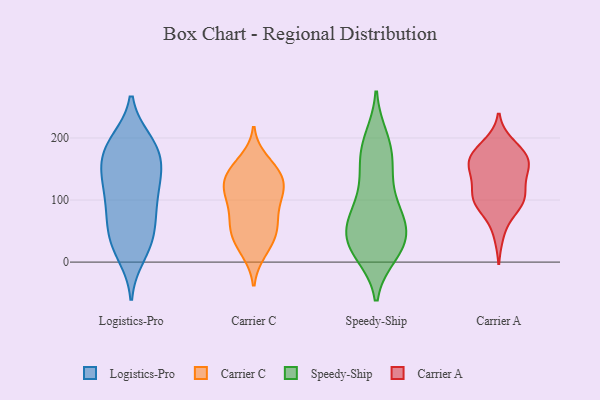
{"axis": {"x": "Market Share (%)", "y": "Value"}, "legend": ["Carrier A", "Carrier C", "Logistics-Pro", "Speedy-Ship"], "data": [{"x": "", "y": 26, "type": "Logistics-Pro"}, {"x": "", "y": 89, "type": "Logistics-Pro"}, {"x": "", "y": 49, "type": "Logistics-Pro"}, {"x": "", "y": 195, "type": "Logistics-Pro"}, {"x": "", "y": 69, "type": "Logistics-Pro"}, {"x": "", "y": 81, "type": "Logistics-Pro"}, {"x": "", "y": 42, "type": "Logistics-Pro"}, {"x": "", "y": 131, "type": "Logistics-Pro"}, {"x": "", "y": 130, "type": "Logistics-Pro"}, {"x": "", "y": 195, "type": "Logistics-Pro"}, {"x": "", "y": 183, "type": "Logistics-Pro"}, {"x": "", "y": 96, "type": "Logistics-Pro"}, {"x": "", "y": 120, "type": "Logistics-Pro"}, {"x": "", "y": 25, "type": "Logistics-Pro"}, {"x": "", "y": 11, "type": "Logistics-Pro"}, {"x": "", "y": 151, "type": "Logistics-Pro"}, {"x": "", "y": 189, "type": "Logistics-Pro"}, {"x": "", "y": 160, "type": "Logistics-Pro"}, {"x": "", "y": 146, "type": "Logistics-Pro"}, {"x": "", "y": 175, "type": "Logistics-Pro"}, {"x": "", "y": 60, "type": "Carrier C"}, {"x": "", "y": 91, "type": "Carrier C"}, {"x": "", "y": 98, "type": "Carrier C"}, {"x": "", "y": 69, "type": "Carrier C"}, {"x": "", "y": 125, "type": "Carrier C"}, {"x": "", "y": 110, "type": "Carrier C"}, {"x": "", "y": 66, "type": "Carrier C"}, {"x": "", "y": 149, "type": "Carrier C"}, {"x": "", "y": 113, "type": "Carrier C"}, {"x": "", "y": 127, "type": "Carrier C"}, {"x": "", "y": 137, "type": "Carrier C"}, {"x": "", "y": 164, "type": "Carrier C"}, {"x": "", "y": 115, "type": "Carrier C"}, {"x": "", "y": 41, "type": "Carrier C"}, {"x": "", "y": 47, "type": "Carrier C"}, {"x": "", "y": 153, "type": "Carrier C"}, {"x": "", "y": 143, "type": "Carrier C"}, {"x": "", "y": 44, "type": "Carrier C"}, {"x": "", "y": 16, "type": "Carrier C"}, {"x": "", "y": 19, "type": "Carrier C"}, {"x": "", "y": 189, "type": "Speedy-Ship"}, {"x": "", "y": 131, "type": "Speedy-Ship"}, {"x": "", "y": 47, "type": "Speedy-Ship"}, {"x": "", "y": 23, "type": "Speedy-Ship"}, {"x": "", "y": 31, "type": "Speedy-Ship"}, {"x": "", "y": 17, "type": "Speedy-Ship"}, {"x": "", "y": 199, "type": "Speedy-Ship"}, {"x": "", "y": 28, "type": "Speedy-Ship"}, {"x": "", "y": 38, "type": "Speedy-Ship"}, {"x": "", "y": 145, "type": "Speedy-Ship"}, {"x": "", "y": 183, "type": "Speedy-Ship"}, {"x": "", "y": 161, "type": "Speedy-Ship"}, {"x": "", "y": 77, "type": "Speedy-Ship"}, {"x": "", "y": 94, "type": "Speedy-Ship"}, {"x": "", "y": 74, "type": "Speedy-Ship"}, {"x": "", "y": 71, "type": "Speedy-Ship"}, {"x": "", "y": 14, "type": "Speedy-Ship"}, {"x": "", "y": 63, "type": "Speedy-Ship"}, {"x": "", "y": 164, "type": "Carrier A"}, {"x": "", "y": 157, "type": "Carrier A"}, {"x": "", "y": 191, "type": "Carrier A"}, {"x": "", "y": 153, "type": "Carrier A"}, {"x": "", "y": 110, "type": "Carrier A"}, {"x": "", "y": 121, "type": "Carrier A"}, {"x": "", "y": 94, "type": "Carrier A"}, {"x": "", "y": 132, "type": "Carrier A"}, {"x": "", "y": 87, "type": "Carrier A"}, {"x": "", "y": 186, "type": "Carrier A"}, {"x": "", "y": 172, "type": "Carrier A"}, {"x": "", "y": 90, "type": "Carrier A"}, {"x": "", "y": 45, "type": "Carrier A"}, {"x": "", "y": 144, "type": "Carrier A"}, {"x": "", "y": 168, "type": "Carrier A"}, {"x": "", "y": 100, "type": "Carrier A"}, {"x": "", "y": 163, "type": "Carrier A"}, {"x": "", "y": 103, "type": "Carrier A"}]}